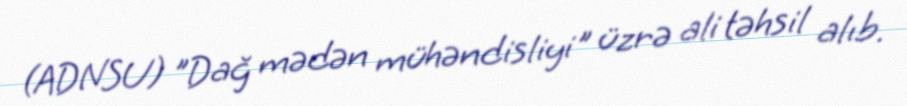
(ADNSU) "Dağ mədən mühəndisliyi" üzrə ali təhsil alıb.